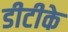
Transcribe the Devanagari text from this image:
डीटीके